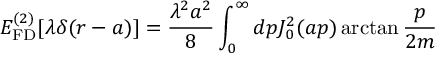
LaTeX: E _ { \mathrm { F D } } ^ { ( 2 ) } [ \lambda \delta ( r - a ) ] = \frac { \lambda ^ { 2 } a ^ { 2 } } { 8 } \int _ { 0 } ^ { \infty } d p J _ { 0 } ^ { 2 } ( a p ) \arctan \frac { p } { 2 m }